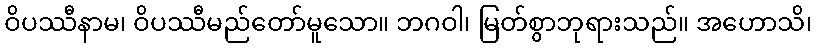
ဝိပဿီနာမ၊ ဝိပဿီမည်တော်မူသော။ ဘဂဝါ၊ မြတ်စွာဘုရားသည်။ အဟောသိ၊